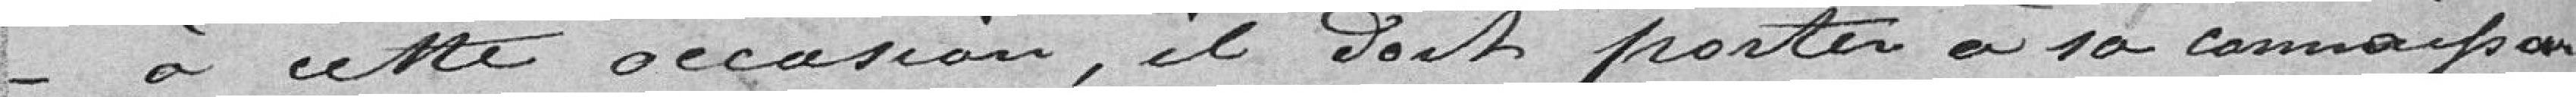
A cette occasion, il doit porter à sa connaissance